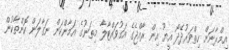
އިމްރާނަށް ހިތްވަރުދޭދޯ އީޔޫ އިން ރާއްޖެގެ އަގުވައްޓާލާ މިތަނުގެ އަމާންކަން ނަގާލަން ކޮންތާކުން